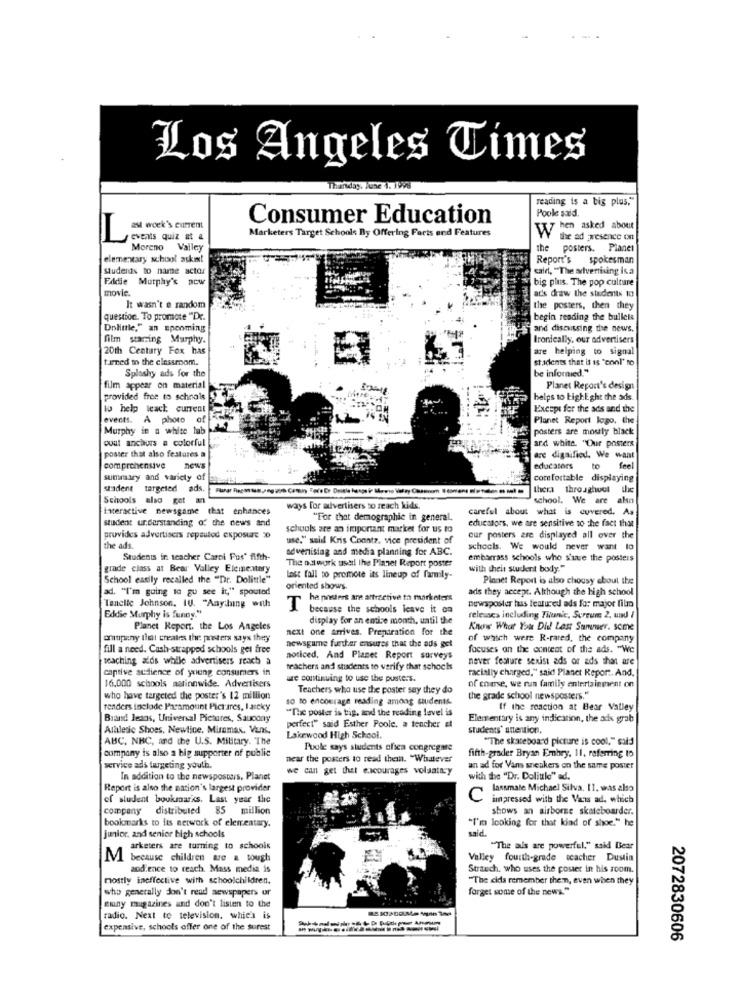
Los Angeles Times
Thursday, June 4. 1998
reading is a big plus."
Poole said.
Consumer Education
ast week's current
When asked about
L
events quiz at a
Marketers Target Schools By Offering Farts and Features
the ad presence on
Moreno Valley
the posters. Planet
elementary school askit
Report's spokesman
students to name actor
cale, "The aviverriving is a
Eddie Murphy's DCW
big plus. The pop culture
movie.
ads draw the students to
It wasn't e random
the posters, then they
question. To promote "Dr.
begin reading the bullele
Dolittle," an upcoming
and discussing the news.
film starring Murphy.
Ironically, our advertisers
20th Century Fox has
are helping to signal
tired to the classroom.
stidents that is is "conl' to
Splashy ads for the
be informed."
film appear on material
Planet Report's design
provided free to schools 9
helps to LighE ght the ads.
to help teach current
Except fer the ads and the
events. A photo of
Planet Report logo, the
Murphy in a white lab
posters are mostly black
cout anchors a colorful
poster that also features a
and white. "Our posters
are digaified. We want
comprehensive
news
educators
to
feel
summary and variety of
comfortable displaying
uadent targeted øds.
thera throughout the
Schools also get an
school. We are also
Interactive newsgame that enhances
ways for advertisers to reach kids.
careful about what is covered. As
student understanding of the news and
"For that demographic in general.
educators, we are sensitive to the fact that
schools are an important market for us to
provides advertisers repeutod exposure 0
use." said Kris Coontz. vice president of
our posters are displayed all over the
the ads.
advertising and media planning for ABC.
schools. We would never want to
Students in teacher Carol Fus' fifth-
The outwork useil the Planet Report poster
embarrass schools who stuue the posters
grade class at Bear Valley Elementary
with theit student body."
School easily recalled the "Dr. Dolittle"
last fall to promote its lineup of family-
Planet Report is also chousy about the
ad. "I'm going to gu see it," spouted
oriented shows.
ads they accept. Although the high school
T
he posters are attractive ta marketers
Tenelle Johnson, IU. "AnyJung with
because the schools leave it ca
pewsposter has featured ads for major film
Eddie Murphy is funny."
display for an entire month, until the
releuses including Thenic, Sureum 2. und /
Planet Report. the Los Angeles
next one arrives. Preparation for the
Know What You Did Last Summer. some
omupany that creates the poeders says they
of which were R-rated, the company
fill a need. Cash-strapped schools get free
newsgame further ensures that the ads get
focuses on the content of the ads. "We
teaching aids while advertisers reach a
noticed, And Planet Report surveys
never feature sexist ads or ads that are
captive audience of young consumers in
teachers and students to verify that schocks
racially charged," said Planet Report, And.
ue continuing to use the pusters.
of come, we run family entertainment on
16.000 schools matinnwide. Advertisers
Teachers who use the poster say they do
who have targeted the poster's 12 million
so to encourage reading among students.
the grade school newsposters."
renders include Paramount Pictures, I astky
"The poster is big, and the reading level is
If the reaction at Bear Valley
Brand Jeans, Universal Pictures, Saucony
Elementary is any indication, the ads grab
Alalesic Shoes. Newline, Miramax. Vans.
perfect" said Esther Poole. a tencher et
students' anention.
ABC, NHC, and the U.S. Military. The
Lakewood High School.
"The skateboard picture is cool," said
Puole says students ofsea congregate
company is also a big supporter of public
near the posters to read thein. "Whatever
fifth-grader Bryan Embry. 11, referring to
service ads targeting youth.
we can get that encourages voluntary
an ad for Vans sneakers on the same poster
In addition to the newsposters, Planet
with the "Dr. Dolittle" ad.
Report is also the nation's largest provider
lassmale Michael Silva. 11. was also
of student bookmarks. Last year the
C
impressed with the Vans ad, which
company distributed 85 million
shows an airborne skateboarder.
"I'm looking for that kind of shoe." he
bookmarks to its network of elementary.
said.
Junior, and senior high schools
arketers are turning to schools
"The als are powerful," said Bear
M because children are a tough
Valley fourth-grade teacher Dustin
aod.ence to reach. Mass media is
Strauch, who uses the poster in his room.
mostly ineffective with schoolchildren.
"The cids remember them, even when they
who generally don't read newspapers or
forget some of the news."
miuny magazines and don't listen to the
radio. Next to television. whic's is
expensive, schools offer one of the surest
2072830606